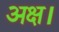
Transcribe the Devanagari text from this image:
अक्ष।